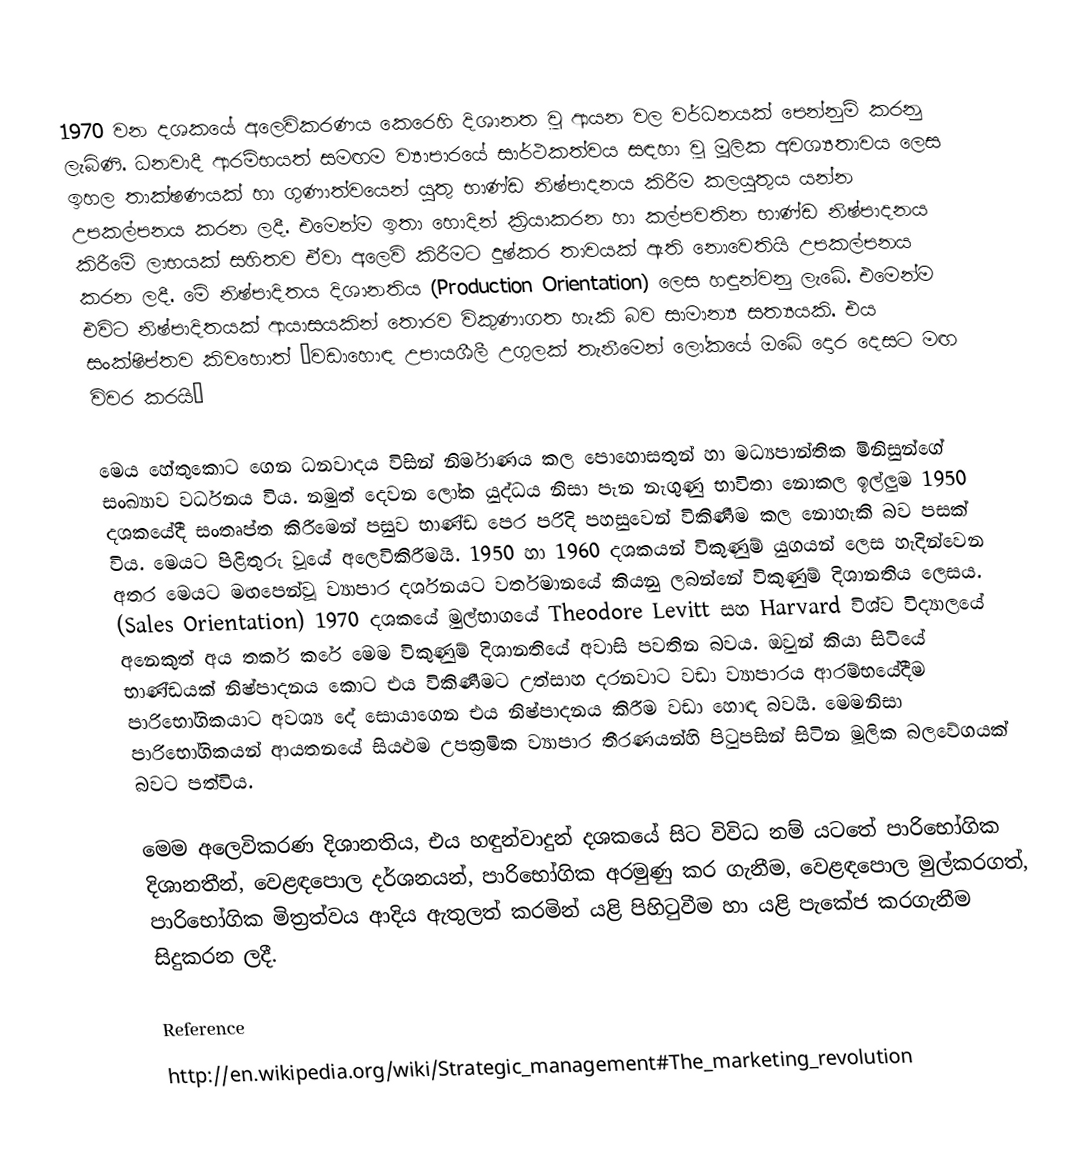
1970 වන දශකයේ අලෙවිකරණය කෙරෙහි දිශානත වූ ආයන වල වර්ධනයක් පෙන්නුම් කරනු ලැබිණි.  ධනවාදී ආරම්භයත් සමඟම ව්‍යාපාරයේ සාර්ථකත්වය සඳහා වූ මූලික අවශ්‍යතාවය ලෙස ඉහල තාක්ෂණයක් හා ගුණාත්වයෙන් යුතු භාණ්ඩ නිෂ්පාදනය කිරීම කලයුතුය යන්න උපකල්පනය කරන ලදී.  එමෙන්ම ඉතා හොදින් ක්‍රියාකරන හා කල්පවතින භාණ්ඩ නිෂ්පාදනය කිරීමේ ලාභයක් සහිතව ඒවා අලෙවි කිරීමට දුෂ්කර තාවයක් ඇති නොවෙතියි උපකල්පනය කරන ලදී.  මේ නිෂ්පාදිතය දිශානතිය (Production Orientation) ලෙස හඳුන්වනු ලැබේ.  එමෙන්ම එවිට නිෂ්පාදිතයක් ආයාසයකින් තොරව විකුණාගත හැකි බව සාමාන්‍ය සත්‍යයකි.  එය සංක්ෂිප්තව කිවහොත් “වඩාහොඳ උපායශීලී උගුලක් තැනීමෙන්‍ ලෝකයේ ඔබේ දොර දෙසට මඟ විවර කරයි”

මෙය හේතුකොට ගෙන ධනවාදය විසින් නිර්මාණය කල පොහොසතුන් හා මධ්‍යපාන්තික මිනිසුන්ගේ සංඛ්‍යාව වර්ධනය විය.  නමුත් දෙවන ලෝක යුද්ධය නිසා පැන නැගුණු භාවිතා නොකල ඉල්ලුම 1950 දශකයේදී සංතෘප්ත කිරීමෙන් පසුව භාණ්ඩ පෙර පරිදි පහසුවෙන් විකිණීම කල නොහැකි බව පසක් විය.  මෙයට පිළිතුරු වූයේ අලෙවිකිරීමයි.  1950 හා 1960 දශකයන් විකුණුම් යුගයන්‍ ලෙස හැදින්වෙන අතර මෙයට මඟපෙන්වූ ව්‍යාපාර දර්ශනයට වර්තමානයේ කියනු ලබන්නේ විකුණුම් දිශානතිය ලෙසය.  (Sales Orientation) 1970 දශකයේ මුල්භාගයේ Theodore Levitt සහ Harvard විශ්ව විද්‍යාලයේ අනෙකුත් අය තර්ක කරේ මෙම විකුණුම් දිශානතියේ අවාසි පවතින බවය.  ඔවුන් කියා සිටියේ භාණ්ඩයක් නිෂ්පාදනය කොට එය විකිණීමට උත්සාහ දරනවාට වඩා ව්‍යාපාරය ආරම්භයේදීම පාරිභෝගිකයාට අවශ්‍ය දේ සොයාගෙන එය නිෂ්පාදනය කිරීම වඩා හොඳ බවයි.  මෙමනිසා පාරිභෝගිකයන් ආයතනයේ සියළුම උපක්‍රමික ව්‍යාපාර තීරණයන්හි පිටුපසින් සිටින මූලික බලවේගයක් බවට පත්විය.

මෙම අලෙවිකරණ දිශානතිය, එය හඳුන්වාදුන් දශකයේ සිට විවිධ නම් යටතේ පාරිභෝගික දිශානතීන්, වෙළඳපොල දර්ශනයන්, පාරිභෝගික අරමුණු කර ගැනීම, වෙළඳපොල මුල්කරගත්, පාරිභෝගික මිත්‍රත්වය ආදිය ඇතුලත් කරමින් යළි පිහිටුවීම හා යළි පැකේජ කරගැනීම සිදුකරන ලදී.

Reference
http://en.wikipedia.org/wiki/Strategic_management#The_marketing_revolution